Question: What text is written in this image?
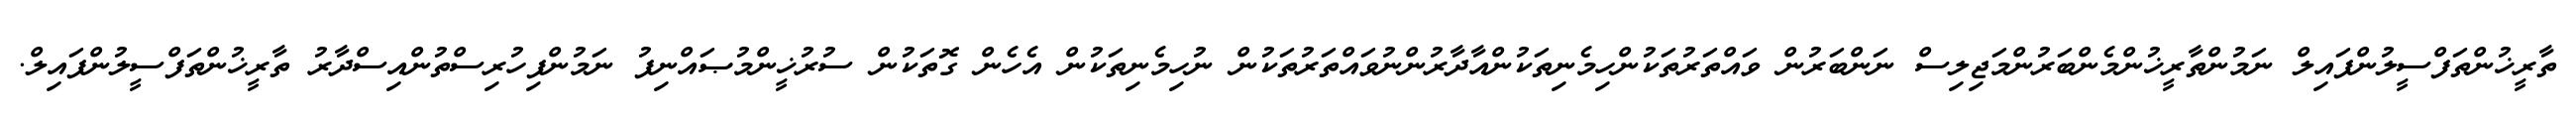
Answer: ތާރީޚުންތަފްސީލުންފައިލް ނަމުންތާރީޚުންމެންބަރުންމަޖިލިސް ނަންބަރުން ވައްތަރުތަކުންހިމެނިތަކުންއާދާރުންނުވައްތަރުތަކުން ނުހިމެނިތަކުން އެހެން ގޮތަކުން ސުރުޚީންމުޞައްނިފު ނަމުންފިހުރިސްތުންއިސްދާރު ތާރީޚުންތަފްސީލުންފައިލް.